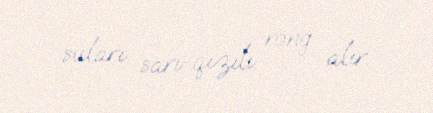
suları sarı-qızılı rəng alır.